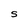
Character: S